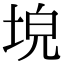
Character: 𡌗